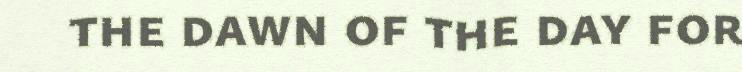
the dawn of the day for